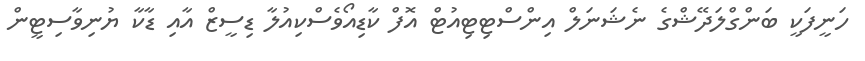
ހަނީފަކީ ބަންގްލަދޭޝްގެ ނެޝަނަލް އިންސްޓިޓިއުޓް އޮފް ކާޑިއޯވެސްކިއުލާ ޑިސީޒް އާއި ޑާކާ ޔުނިވާސިޓީން